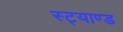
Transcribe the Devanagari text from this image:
स्ट्याण्ड